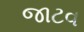
જાટવ